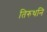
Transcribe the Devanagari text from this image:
तिरुथनि